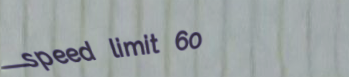
speed limit 60